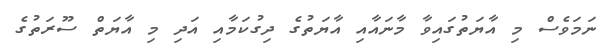
ނަމަވެސް މި އާޔަތުގައިވާ މާނައާއި އާޔަތުގެ ދިގުކަމާއި އަދި މި އާޔަތް ސޫރަތުގެ